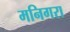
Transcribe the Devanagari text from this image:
मनिगरा